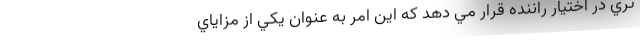
تري در اختيار راننده قرار مي دهد كه این امر به عنوان يكي از مزاياي